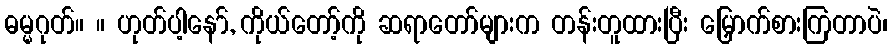
ဓမ္မဂုတ်။ ။ ဟုတ်ပါ့နော်, ကိုယ်တော့်ကို ဆရာတော်များက တန်းတူထားပြီး မြှောက်စားကြတာပဲ၊